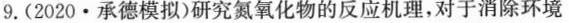
9.(2020 · 承德模拟)研究氮氧化物的反应机理，对于消除环境